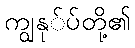
ကျွနု်ပ်တို့၏